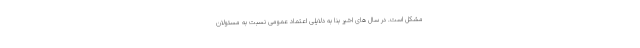
مشکل است. در سال های اخیر بنا به دلایلی اعتماد عمومی نسبت به مسئولان